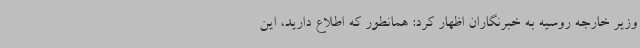
وزیر خارجه روسیه به خبرنگاران اظهار کرد: همانطور که اطلاع دارید، این